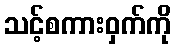
သင့်စကားဝှက်ကို